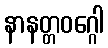
နာနတ္တဝဂ္ဂေါ